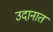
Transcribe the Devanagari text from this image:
उदानात